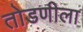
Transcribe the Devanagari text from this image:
तोडणीला